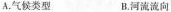
A.气候类型 B.河流流向